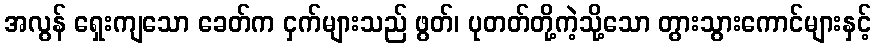
အလွန် ရှေးကျသော ခေတ်က ငှက်များသည် ဖွတ်၊ ပုတတ်တို့ကဲ့သို့သော တွားသွားကောင်များနှင့်